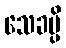
သေခမ္ပိ